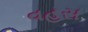
વહસ